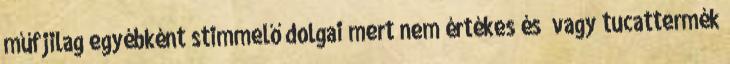
műfjilag egyébként stimmelő dolgai mert nem értékes és vagy tucattermék